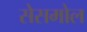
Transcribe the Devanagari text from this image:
सेसमोल